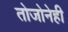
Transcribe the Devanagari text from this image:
तोजोनेही